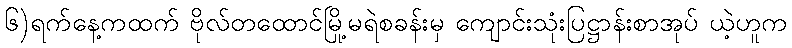
၆)ရက်နေ့ကထက် ဗိုလ်တထောင်မြို့မရဲစခန်းမှ ကျောင်းသုံးပြဋ္ဌာန်းစာအုပ် ယဲ့ဟူက